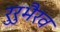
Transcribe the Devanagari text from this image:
रुरुभैरव